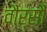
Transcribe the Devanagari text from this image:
वौर्सौ